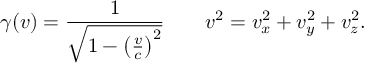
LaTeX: \gamma ( v ) = { \frac { 1 } { \sqrt { 1 - \left( { \frac { v } { c } } \right) ^ { 2 } } } } \qquad v ^ { 2 } = v _ { x } ^ { 2 } + v _ { y } ^ { 2 } + v _ { z } ^ { 2 } .